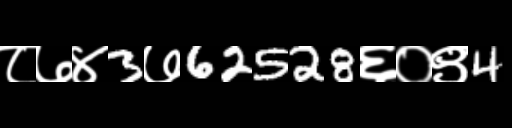
Text: ८७४3७62528६०९4